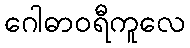
ဂေါဓာဝရီကူလေ